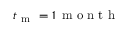
t _ { \mathrm { ~ m ~ } } = 1 \, \mathrm { ~ m ~ o ~ n ~ t ~ h ~ }